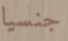
جنسيا